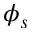
\phi _ { s }